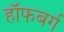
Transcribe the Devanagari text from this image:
हॉफबर्ग